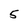
Character: 5